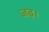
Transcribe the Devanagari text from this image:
जड़।